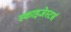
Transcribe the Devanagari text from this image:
स्काइजेस्टर्स